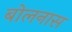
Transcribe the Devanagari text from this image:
बोलनास